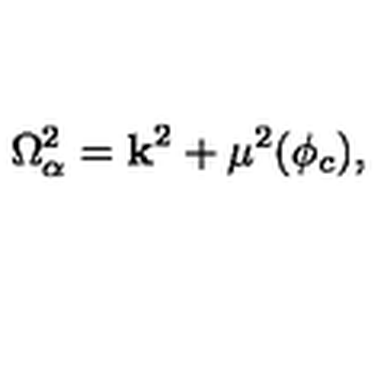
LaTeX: \Omega _ { \alpha } ^ { 2 } = { \bf k } ^ { 2 } + \mu ^ { 2 } ( \phi _ { c } ) ,